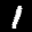
Label: 1